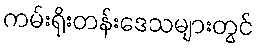
ကမ်းရိုးတန်းဒေသများတွင်